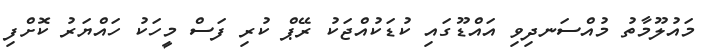
މައުލޫމާތު މުއްސަނދިވި އައްޑޫގައި ކުޑަކުއްޖަކު ރޭޕް ކުރި ފަސް މީހަކު ހައްޔަރު ކޮށްފި